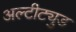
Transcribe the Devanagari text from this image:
अल्टीट्युड